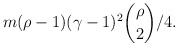
\begin{align*}m (\rho -1) (\gamma -1)^2 \binom{\rho}{2}/4.\end{align*}